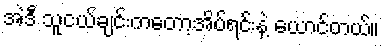
အဲဒီ သူငယ်ချင်းကတော့အိပ်ရင်းနဲ့ ယောင်တယ်။